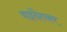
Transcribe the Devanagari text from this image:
वाइंदेशकर